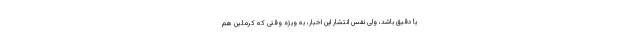
یا دقیق باشد، ولی نفس انتشار این اخبار، به ویژه وقتی که کرملین هم